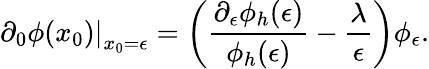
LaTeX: \left.\partial_{0}\phi(x_{0})\right|_{x_{0}=\epsilon}=\left({\frac{\partial_{\epsilon}\phi_{h}(\epsilon)}{\phi_{h}(\epsilon)}}-{\frac{\lambda}{\epsilon}}\right)\phi_{\epsilon}.